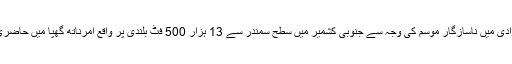
تاہم وزیر داخلہ وادی میں ناسازگار موسم کی وجہ سے جنوبی کشمیر میں سطح سمندر سے 13 ہزار 500 فٹ بلندی پر واقع امرناتھ گھپا میں حاضری نہیں دے پائے۔